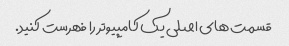
قسمت های اصلی یک کامپیوتر را فهرست کنید.